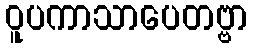
ဝူပကာသာပေတဗ္ဗာ